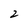
Character: 2